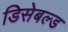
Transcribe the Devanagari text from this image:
डिसेबल्ड